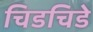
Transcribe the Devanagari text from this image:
चिडचिडे